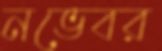
নভেবর